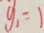
y _ { 1 } = 1